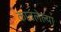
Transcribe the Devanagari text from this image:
कातलेल्या